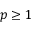
p \ge 1